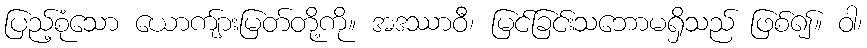
ပြည့်စုံသော ယောကျ်ားမြတ်တို့ကို။ အဒဿာဝီ၊ မြင်ခြင်းသဘောမရှိသည် ဖြစ်၍။ ဝါ၊